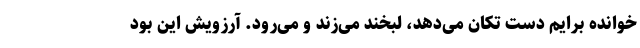
خوانده برایم دست تکان می‌دهد، لبخند می‌زند و می‌رود. آرزویش این بود